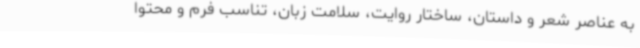
به عناصر شعر و داستان، ساختار روایت، سلامت زبان، تناسب فرم و محتوا